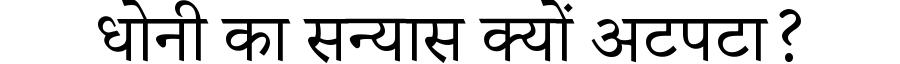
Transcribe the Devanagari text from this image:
धोनी का सन्यास क्यों अटपटा?